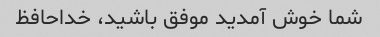
شما خوش آمدید موفق باشید، خداحافظ